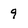
Character: 9